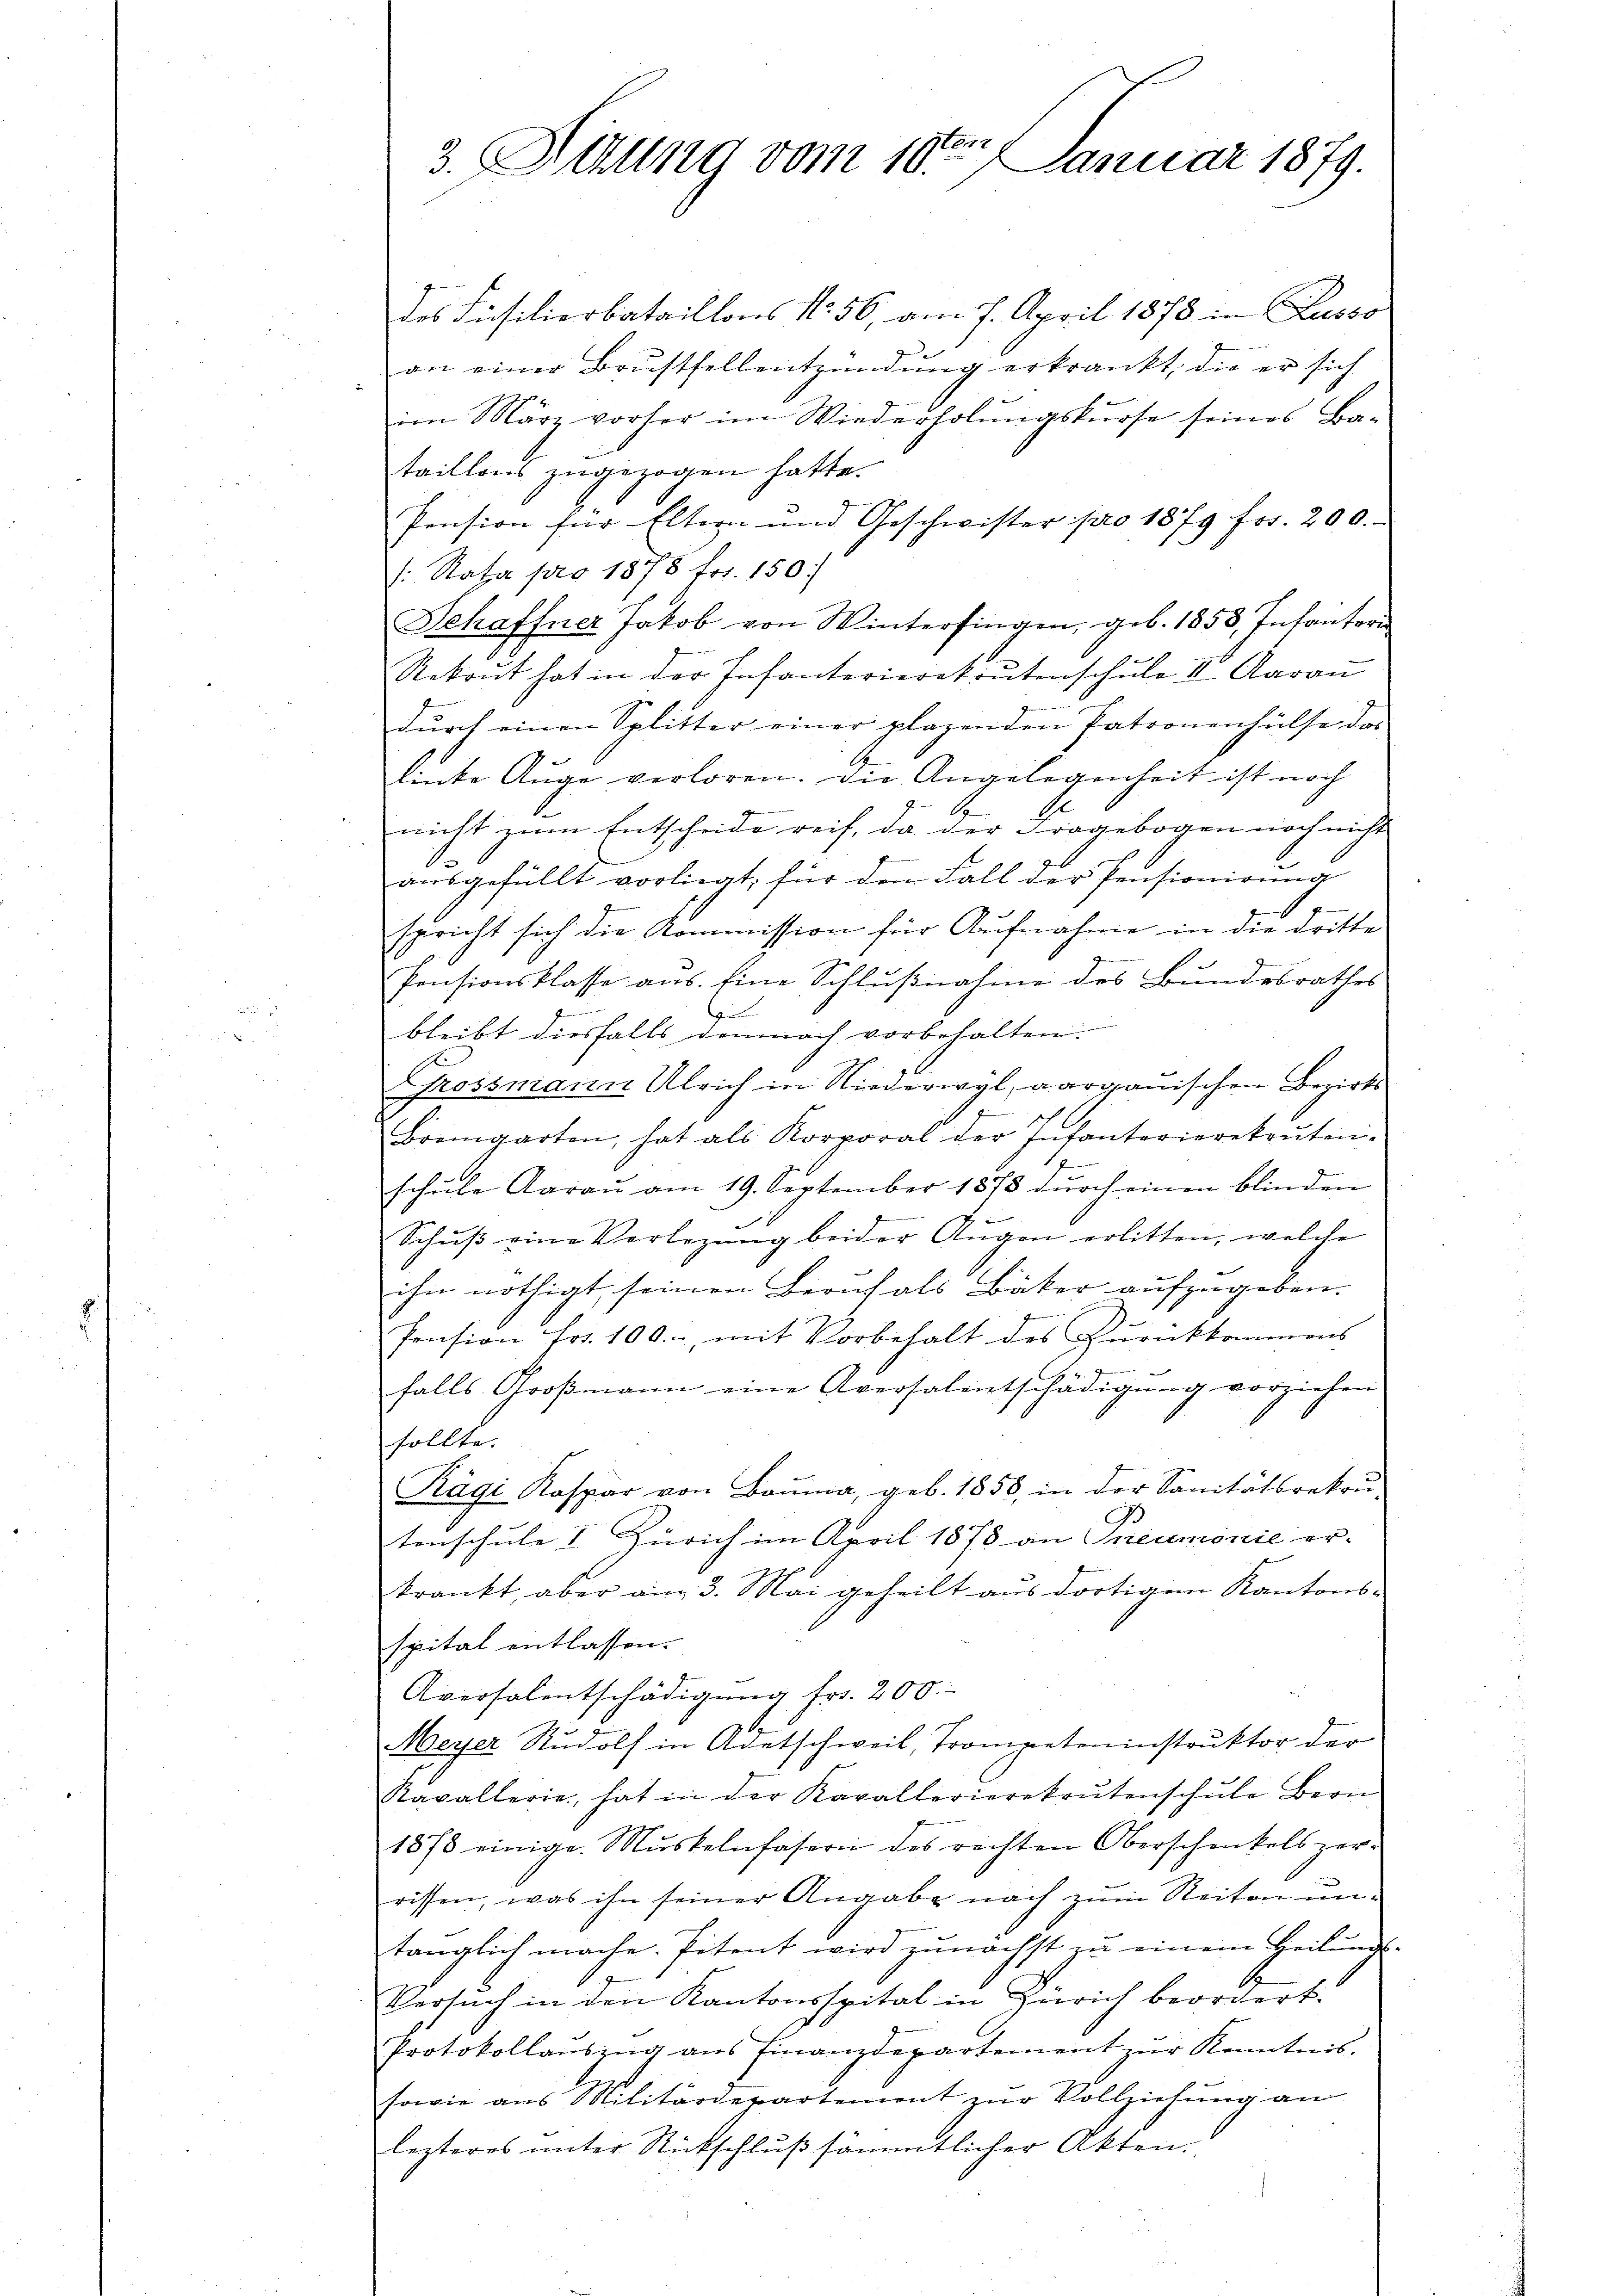
3. Sitzung vom 10ten Januar 1879.

des Füsilierbataillons No. 56, am 7. April 1878 in Lusso
an einer Brustfellentzündŭng erkrankt, die er sich
im März vorher im Wiederholŭngskurse seines Ba-
taillons zugezogen hatte.
Pension für Eltern und Geschwister pro 1879 frs. 200.
v. Rata pro 1878 fr. 150.
Schaffner Jakob von Winterfingen, geb. 1858. Infanteri
Rekrut hat in der Infanterierekrutenschule III. Aarau
durch einen Splitter einer plagenden Patronenhülfe das
linke Auge verloren. Die Angelegenheit ist noch
.
nicht zum Entscheide reif, da der Fragebogen noch nicht
.
ausgefüllt vorliegt, für den Fall der Pensionirung
f
.
spricht sich die Kommission für Aufnahme in die dritte
Pensionsklasse aus. Eine Schlußnahme des Bundesrathes
G
bleibt diesfalls demnach vorbehalten.
Grossmann Ulrich in Niederwyl, aargauischen Bezirks
Bremgarten, hat als Korporal der Infanterierekruten.
1
schŭle Aarau am 19. September 1873 dŭrch einen blinden
e
Schŭβ eine Verlegŭng beider Aŭgen erlitten, welche
ihn nöthigt, seinen Beruf als Bäker aufzugeben.
g
Pension fr. 100., mit Vorbehalt des Zŭrükkommens
falls Großmann eine Aversalentschädigung vorziehen
sollte.
Rägi Kaspar von Baŭma, geb. 1850, in der Sanitätsrekrŭ-
tenschule I. Zürich im April 1873 an Pneumonie er-
krankt, aber am 3. Mai geheilt aus dortigen Kantons-
spital entlassen.
Aversalentschädigŭng fr. 200.
Meyer Rudolf in Adetschweil, Trompeteninstruktor der
Ravallerie, hat in der Kavallerierekrutenschŭle Bern
1878 einige Muskelnfasern des rechten Oberschenkels zer-
rissen, was ihn seiner Angabe nach zum Reiten untänglich mache. Petent wird zunächst zu einem Heilungs-
Versuch in den Kantonsspital in Zürich beordert.
Protokollaŭszŭg ans Finanzdepartement zŭr Kenntnis,
sowie aus Militärdepartement zur Vollziehung an
lezteres unter Rückschluß sämmtlicher Akten.
z